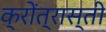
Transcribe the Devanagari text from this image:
क्रोंत्रास्ती